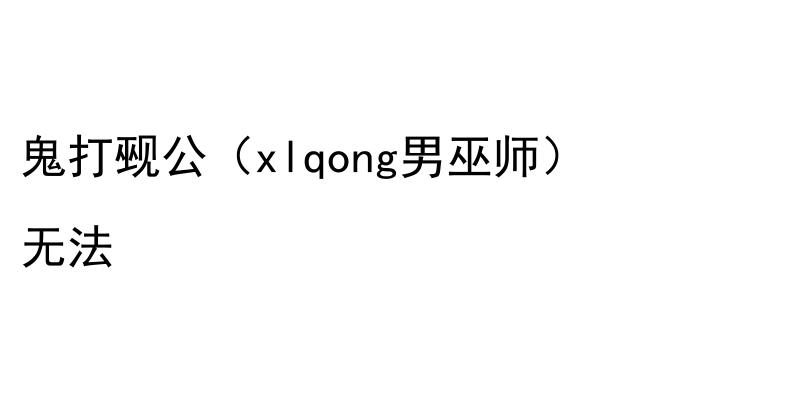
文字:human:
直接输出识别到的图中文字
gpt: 鬼打觋公（xlqong男巫师） 无法